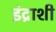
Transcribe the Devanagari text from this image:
इंद्राशी